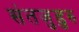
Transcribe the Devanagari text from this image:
संतजुडुरु